Annual administration report of the Civil Veterinary Department of India - 1895-1896
Year: 1895
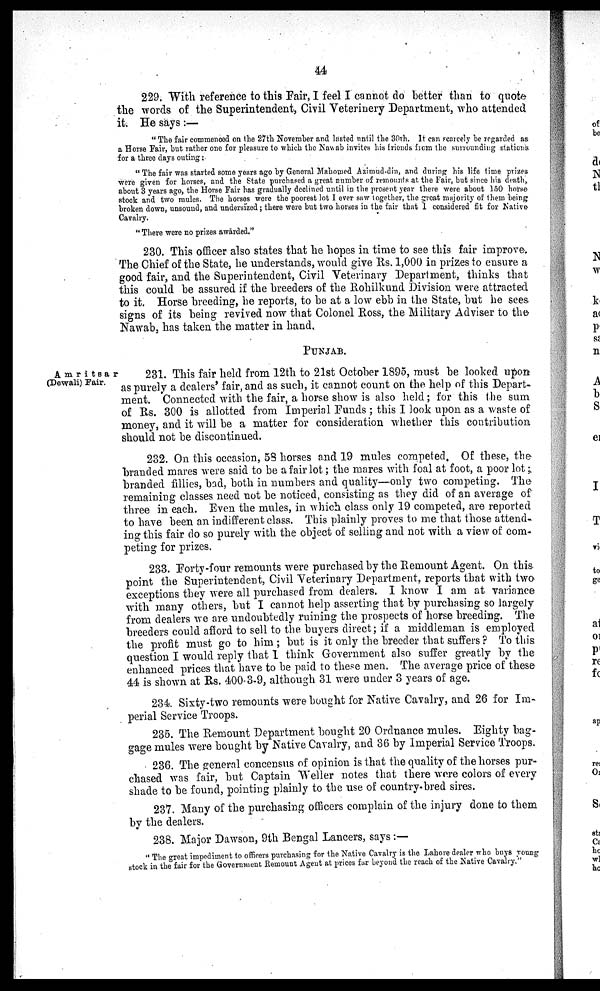
44
229. With reference to this Fair, I feel I cannot do better than to quote
the words of the Superintendent, Civil Veterinery Department, who attended
it. He says:—
"The fair commenced on the 27th November and lasted until the 30th. It can scarcely be regarded as
a Horse Fair, but rather one for pleasure to which the Nawab invites his friends from the surrounding stations
for a three days outing:
"The fair was started some years ago by General Mahomed Azimud-din, and during his life time prizes
were given for horses, and the State purchased a great number of remounts at the Fair, but since his death,
about 3 years ago, the Horse Fair has gradually declined until in the present year there were about 150 horse
stock and two mules. The horses were the poorest lot I ever saw together, the great majority of them being
broken down, unsound, and undersized; there were but two horses in the fair that I considered fit for Native
Cavalry.
"There were no prizes awarded."
230. This officer also states that he hopes in time to see this fair improve.
The Chief of the State, he understands, would give Rs. 1,000 in prizes to ensure a
good fair, and the Superintendent, Civil Veterinary Department, thinks that
this could be assured if the breeders of the Rohilkund Division were attracted
to it. Horse breeding, he reports, to be at a low ebb in the State, but he sees
signs of its being revived now that Colonel Ross, the Military Adviser to the
Nawab, has taken the matter in hand.
PUNJAB.
231. This fair held from 12th to 21st October 1895, must be looked upon
is purely a dealers' fair, and as such, it cannot count on the help of this Depart-
ment. Connected with the fair, a horse show is also held; for this the sum
of Rs. 300 is allotted from Imperial Funds; this I look upon as a waste of
money, and it will be a matter for consideration whether this contribution
should not be discontinued.
232. On this occasion, 58 horses and 19 mules competed. Of these, the
branded mares were said to be a fair lot; the mares with foal at foot, a poor lot;
branded fillies, bad, both in numbers and quality—only two competing. The
remaining classes need not be noticed, consisting as they did of an average of
three in each. Even the mules, in which class only 19 competed, are reported
to have been an indifferent class. This plainly proves to me that those attend-
ing this fair do so purely with the object of selling and not with a view of com-
peting for prizes.
233. Forty-four remounts were purchased by the Remount Agent. On this
point the Superintendent, Civil Veterinary Department, reports that with two
exceptions they were all purchased from dealers. I know I am at variance
with many others, but I cannot help asserting that by purchasing so largely
from dealers we are undoubtedly ruining the prospects of horse breeding. The
breeders could afford to sell to the buyers direct; if a middleman is employed
the profit must go to him; but is it only the breeder that suffers? To this
question I would reply that I think Government also suffer greatly by the
enhanced prices that have to be paid to these men. The average price of these
44 is shown at Rs. 400-3-9, although 31 were under 3 years of age.
234. Sixty-two remounts were bought for Native Cavalry, and 26 for Im-
perial Service Troops.
235. The Remount Department bought 20 Ordnance mules. Eighty bag-
gage mules were bought by Native Cavalry, and 36 by Imperial Service Troops.
236. The general concensus of opinion is that the quality of the horses pur-
chased was fair, but Captain Weller notes that there were colors of every
shade to be found, pointing plainly to the use of country bred sires.
237. Many of the purchasing officers complain of the injury done to them
by the dealers.
238. Major Dawson, 9th Bengal Lancers, says:—
"The great impediment to officers purchasing for the Native Cavalry is the Lahore dealer who buys young
stock in the fair for the Government Remount Agent at prices far beyond the reach of the Native Cavalry."